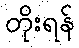
တိုးရန်